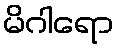
မိဂါရော